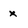
Character: x